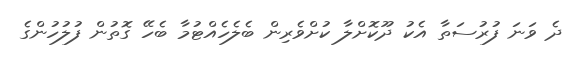
ދެ ވަނަ ފުރުސަތާ އެކު ދޫކޮށްލާ ކުށްވެރިން ބެލެހެއްޓުމާ ބެހޭ ގޮތުން ފުލުހުންގެ